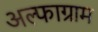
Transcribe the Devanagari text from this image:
अल्फाग्राम